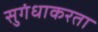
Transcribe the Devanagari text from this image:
सुगंधाकरता